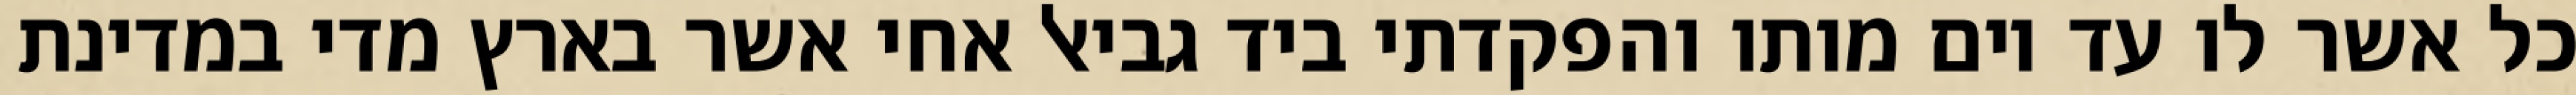
כל אשר לו עד יום מותו והפקדתי ביד גביאל אחי אשר בארץ מדי במדינת